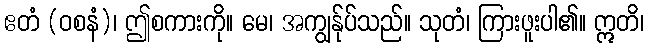
ဧတံ (ဝစနံ)၊ ဤစကားကို။ မေ၊ အကျွန်ုပ်သည်။ သုတံ၊ ကြားဖူးပါ၏။ ဣတိ၊